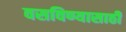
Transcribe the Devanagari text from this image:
वसविण्यासाठी